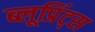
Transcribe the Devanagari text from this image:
ब्लूप्रिंट्स